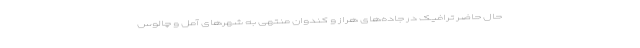
حال حاضر ترافیک در جاده‌های هراز و کندوان منتهی به شهرهای آمل و چالوس